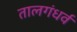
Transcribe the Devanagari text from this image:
तालगंधर्व